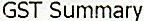
GST SUMMARY